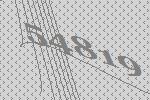
54819